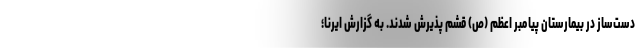
دست‌ساز در بیمارستان پیامبر اعظم (ص) قشم پذیرش شدند. به گزارش ایرنا؛